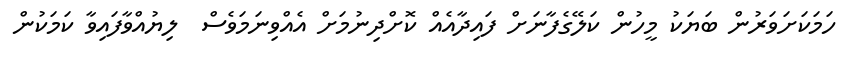
ހަމަކަށަވަރުން ބަޔަކު މީހުން ކަލޭގެފާނަށް ފައިދާއެއް ކޮށްދިނުމަށް އެއްވިނަމަވެސް  ލިޔުއްވާފައިވާ ކަމަކުން